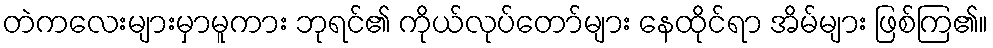
တဲကလေးများမှာမူကား ဘုရင်၏ ကိုယ်လုပ်တော်များ နေထိုင်ရာ အိမ်များ ဖြစ်ကြ၏။